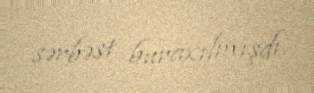
sərbəst buraxılmışdı.